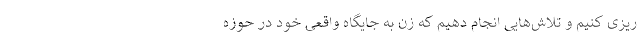
ریزی کنیم و تلاش‌هایی انجام دهیم که زن به جایگاه واقعی خود در حوزه